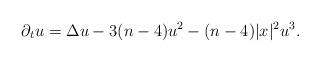
LaTeX: \begin{align*}\partial_t u = \Delta u - 3(n-4) u^2 - ( n-4) |x|^2 u^3.\end{align*}